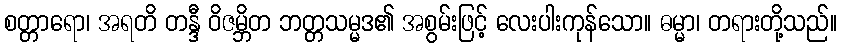
စတ္တာရော၊ အရတိ တန္ဒီ ဝိဇမ္ဘိတ ဘတ္တသမ္မဒ၏ အစွမ်းဖြင့် လေးပါးကုန်သော။ ဓမ္မာ၊ တရားတို့သည်။